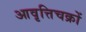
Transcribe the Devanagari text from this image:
आवृत्तिचक्रों